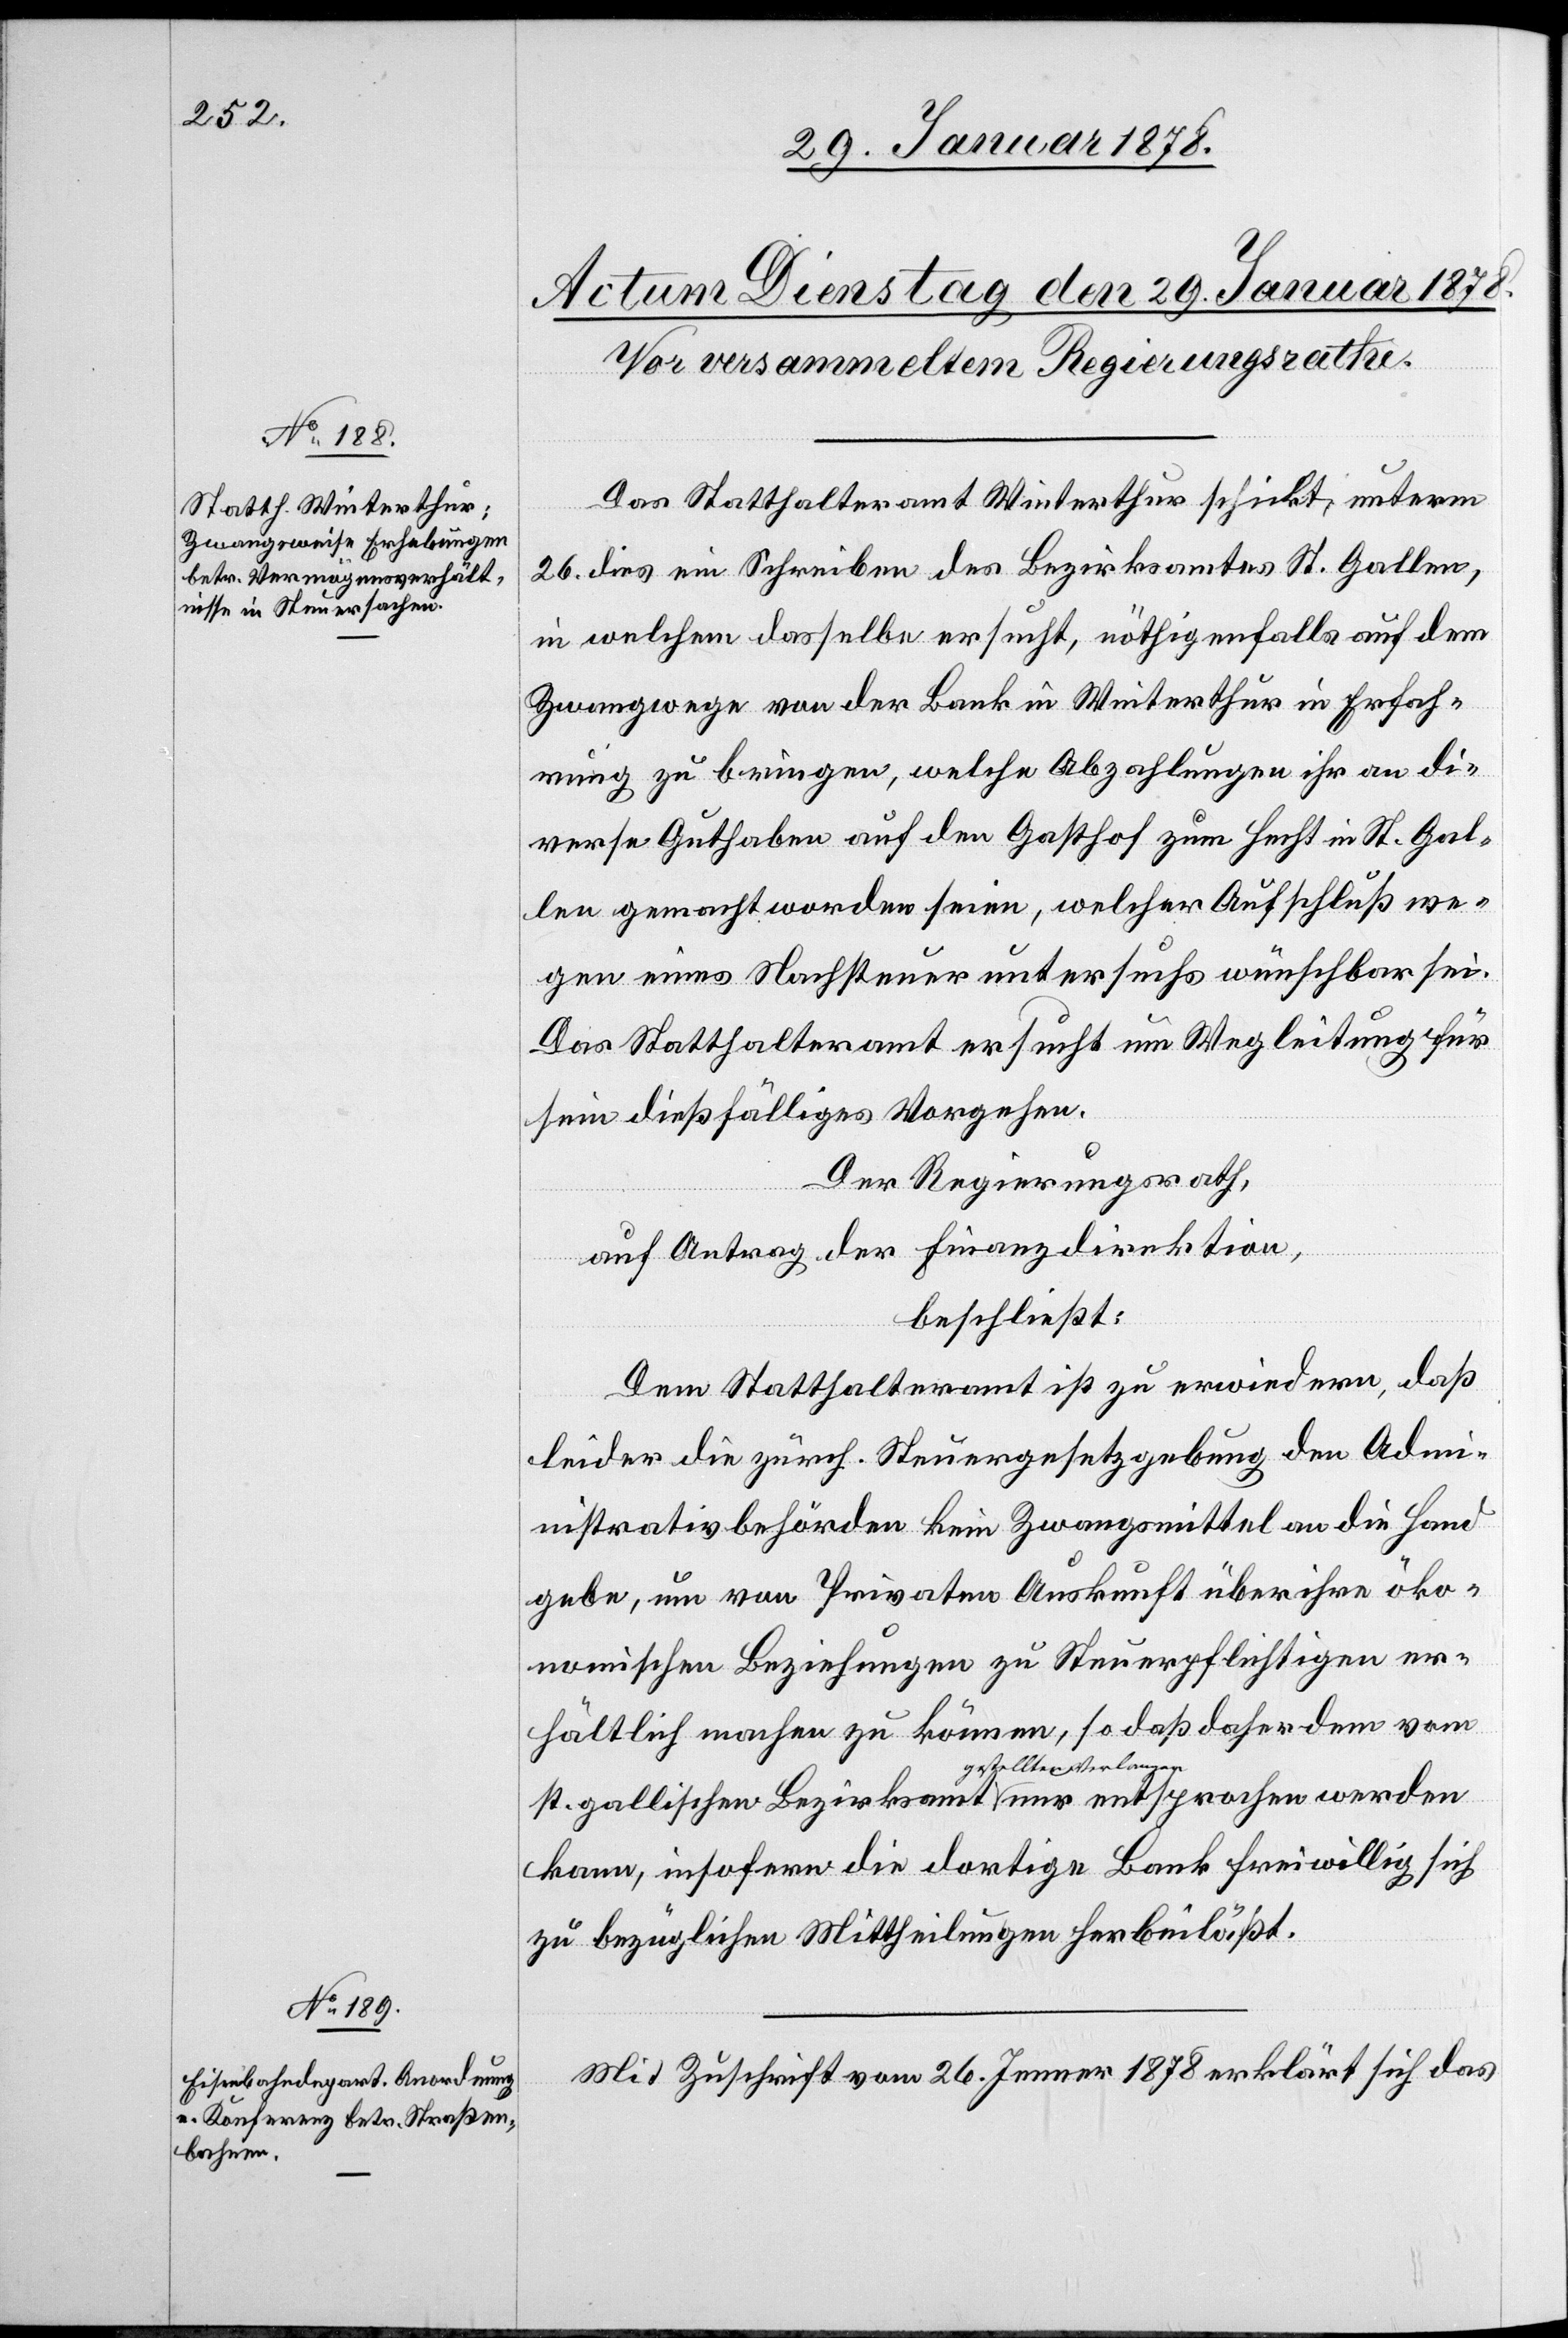
werden
Das Statthalteramt Winterthur schickt, unterm
26. dies ein Schreiben des Bezirksamtes St. Gallen,
in welchem dasselbe ersucht, nöthigenfalls auf dem
Zwangswege von der Bank in Winterthur in Erfah¬
rung zu bringen, welche Abzahlungen ihr an di¬
verse Guthaben auf dem Gasthof zum Hecht in St. Gal¬
len gemacht worden seien, welcher Aufschluß we¬
gen eines Nachsteueruntersuchs wünschbar sei.
Das Statthalteramt ersucht um Wegleitung für
sein dießfälliges Vorgehen.
Der Regierungsrath,
auf Antrag der Finanzdirektion,
beschließt:
Dem Statthalteramt ist zu erwiedern, daß
leider die zürch. Steuergesetzgebung den Adm¬
inistrativbehörden kein Zwangsmittel an die Hand
gebe, um von Privaten Auskunft über ihre öko¬
nomischen Beziehungen zu Steuerpflichtigen er¬
hältlich machen zu können, so daß daher dem vom
st. gallischen Bezirksamt a-gestellten Verlan¬
kann, insofern die dortige Bank freiwillig sich
zu bezüglichen Mittheilungen herbeilässt.
Mit Zuschrift vom 26. Jenner 1878 erklärt sich das